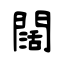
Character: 闊